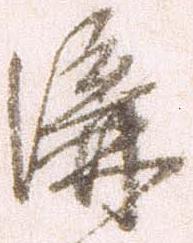
溝